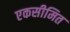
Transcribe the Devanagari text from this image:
एकसीमित